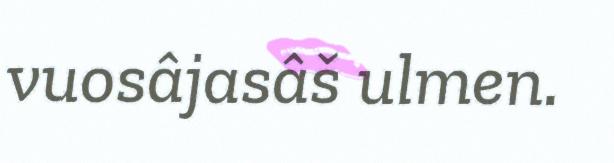
vuosâjasâš ulmen.